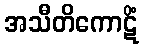
အသီတိကောဋိံ